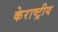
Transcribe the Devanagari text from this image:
केराष्ट्रीय